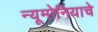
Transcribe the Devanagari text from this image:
न्यूमोनियाचे